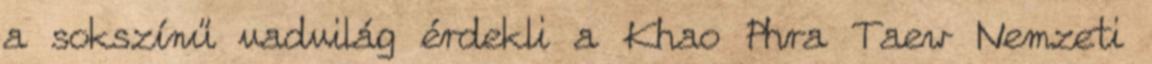
a sokszínű vadvilág érdekli a Khao Phra Taew Nemzeti